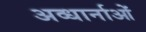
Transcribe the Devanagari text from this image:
अव्धार्नाओं